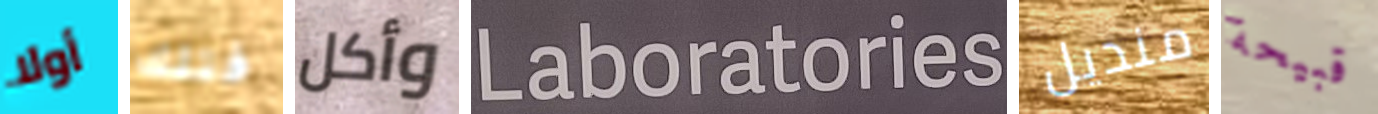
أولا فتلك وأكل Laboratories منديل قبيحة